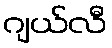
ဂျယ်လီ